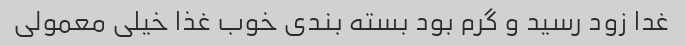
غدا زود رسید و گرم بود بسته بندی خوب غذا خیلی معمولی